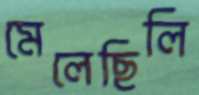
মেলেছিলি